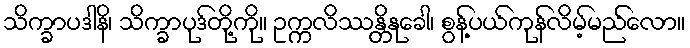
သိက္ခာပဒါနိ၊ သိက္ခာပုဒ်တို့ကို။ ဥက္ကလိဿန္တိနုခေါ၊ စွန့်ပယ်ကုန်လိမ့်မည်လော။